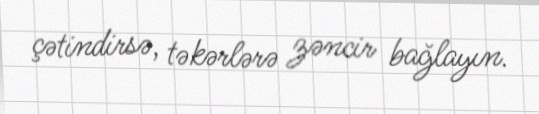
çətindirsə, təkərlərə zəncir bağlayın.